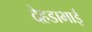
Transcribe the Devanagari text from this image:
देहडाभाई